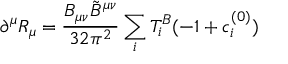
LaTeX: \partial ^ { \mu } R _ { \mu } = \frac { B _ { \mu \nu } { \tilde { B } } ^ { \mu \nu } } { 3 2 \pi ^ { 2 } } \sum _ { i } T _ { i } ^ { B } ( - 1 + c _ { i } ^ { ( 0 ) } )